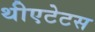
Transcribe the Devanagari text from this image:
थीएटेटस